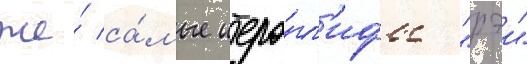
же́ са́мые иеро́гл'ифы "рэи"